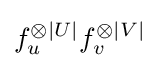
f_{u}^{\otimes |U|}f_{v}^{\otimes |V|}